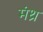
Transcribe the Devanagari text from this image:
मंथ्र